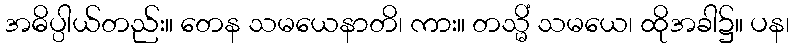
အဓိပ္ပါယ်တည်း။ တေန သမယေနာတိ၊ ကား။ တသ္မိံ သမယေ၊ ထိုအခါ၌။ ပန၊